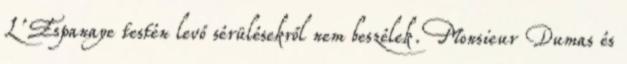
L'Espanaye testén levő sérülésekről nem beszélek. Monsieur Dumas és